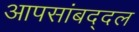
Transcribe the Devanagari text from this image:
आपसांबद्दल